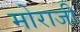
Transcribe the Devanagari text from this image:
मोराजी